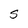
Character: S